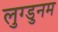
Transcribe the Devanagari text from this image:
लुग्डुनम